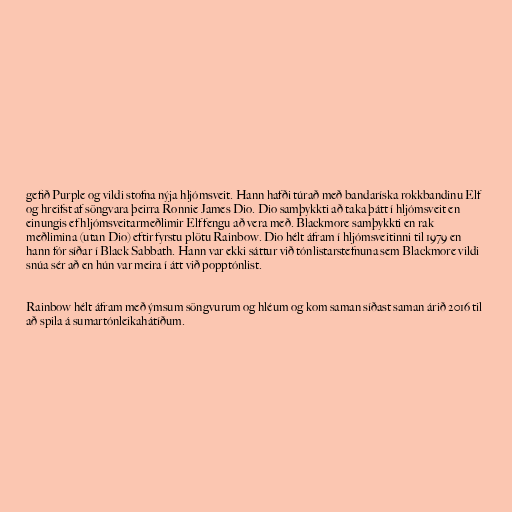
gefið Purple og vildi stofna nýja hljómsveit. Hann hafði túrað með bandaríska rokkbandinu Elf
og hreifst af söngvara þeirra Ronnie James Dio. Dio samþykkti að taka þátt í hljómsveit en
einungis ef hljómsveitarmeðlimir Elf fengu að vera með. Blackmore samþykkti en rak
meðlimina (utan Dio) eftir fyrstu plötu Rainbow. Dio hélt áfram í hljómsveitinni til 1979 en
hann fór síðar í Black Sabbath. Hann var ekki sáttur við tónlistarstefnuna sem Blackmore vildi
snúa sér að en hún var meira í átt við popptónlist.

Rainbow hélt áfram með ýmsum söngvurum og hléum og kom saman síðast saman árið 2016 til
að spila á sumartónleikahátíðum.